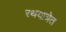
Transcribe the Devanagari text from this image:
रथयात्रेत